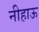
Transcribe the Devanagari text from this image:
नीहाऊ